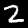
Label: 2